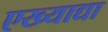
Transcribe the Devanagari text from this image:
एख्याद्या